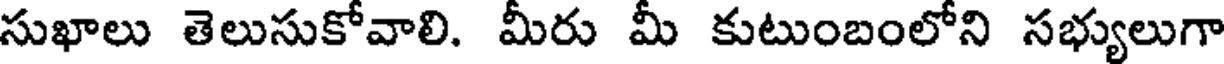
సుఖాలు తెలుసుకోవాలి. మీరు మీ కుటుంబంలోని సభ్యులుగా